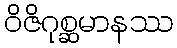
ဝိဇိဂုစ္ဆမာနဿ